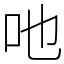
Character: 吔